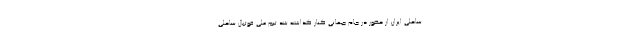
ساحلی ایران از حضور در جام جهانی کنار گذاشته شد تیم ملی فوتبال ساحلی